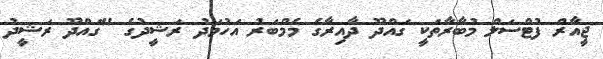
ޖީއާރް ފުޓްސަލް މުބާރާތަކީ ގައްދޫ ދާއިރާގެ މެމްބަރު އަހުމަދު ރަޝީދުގެ "ގައްދޫ ރަޝީދު